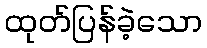
ထုတ်ပြန်ခဲ့သော